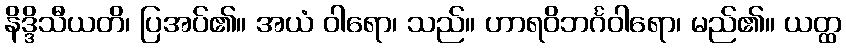
နိဒ္ဒိသီယတိ၊ ပြအပ်၏။ အယံ ဝါရော၊ သည်။ ဟာရဝိဘင်္ဂဝါရော၊ မည်၏။ ယတ္ထ